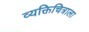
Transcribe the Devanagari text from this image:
व्यक्तिचित्राला